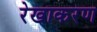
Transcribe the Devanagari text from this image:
रेखाकरण